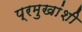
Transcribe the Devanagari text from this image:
प्रमुखांशी